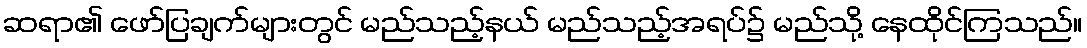
ဆရာ၏ ဖော်ပြချက်များတွင် မည်သည့်နယ် မည်သည့်အရပ်၌ မည်သို့ နေထိုင်ကြသည်။